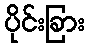
ပိုင်းခြား